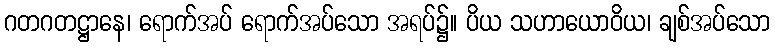
ဂတဂတဋ္ဌာနေ၊ ရောက်အပ် ရောက်အပ်သော အရပ်၌။ ပိယ သဟာယောဝိယ၊ ချစ်အပ်သော